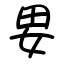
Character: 㚻